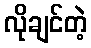
လိုချင်တဲ့